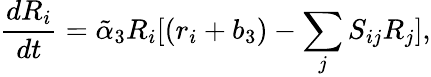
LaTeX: \frac{dR_{i}}{dt}=\tilde{\alpha}_{3}R_{i}[(r_{i}+b_{3})-\sum_{j}S_{ij}R_{j}],